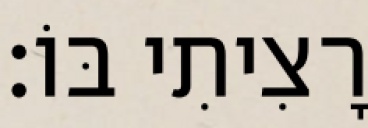
רָצִיתִי בּוֹ׃